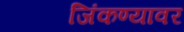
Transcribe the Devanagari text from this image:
जिंकण्यावर